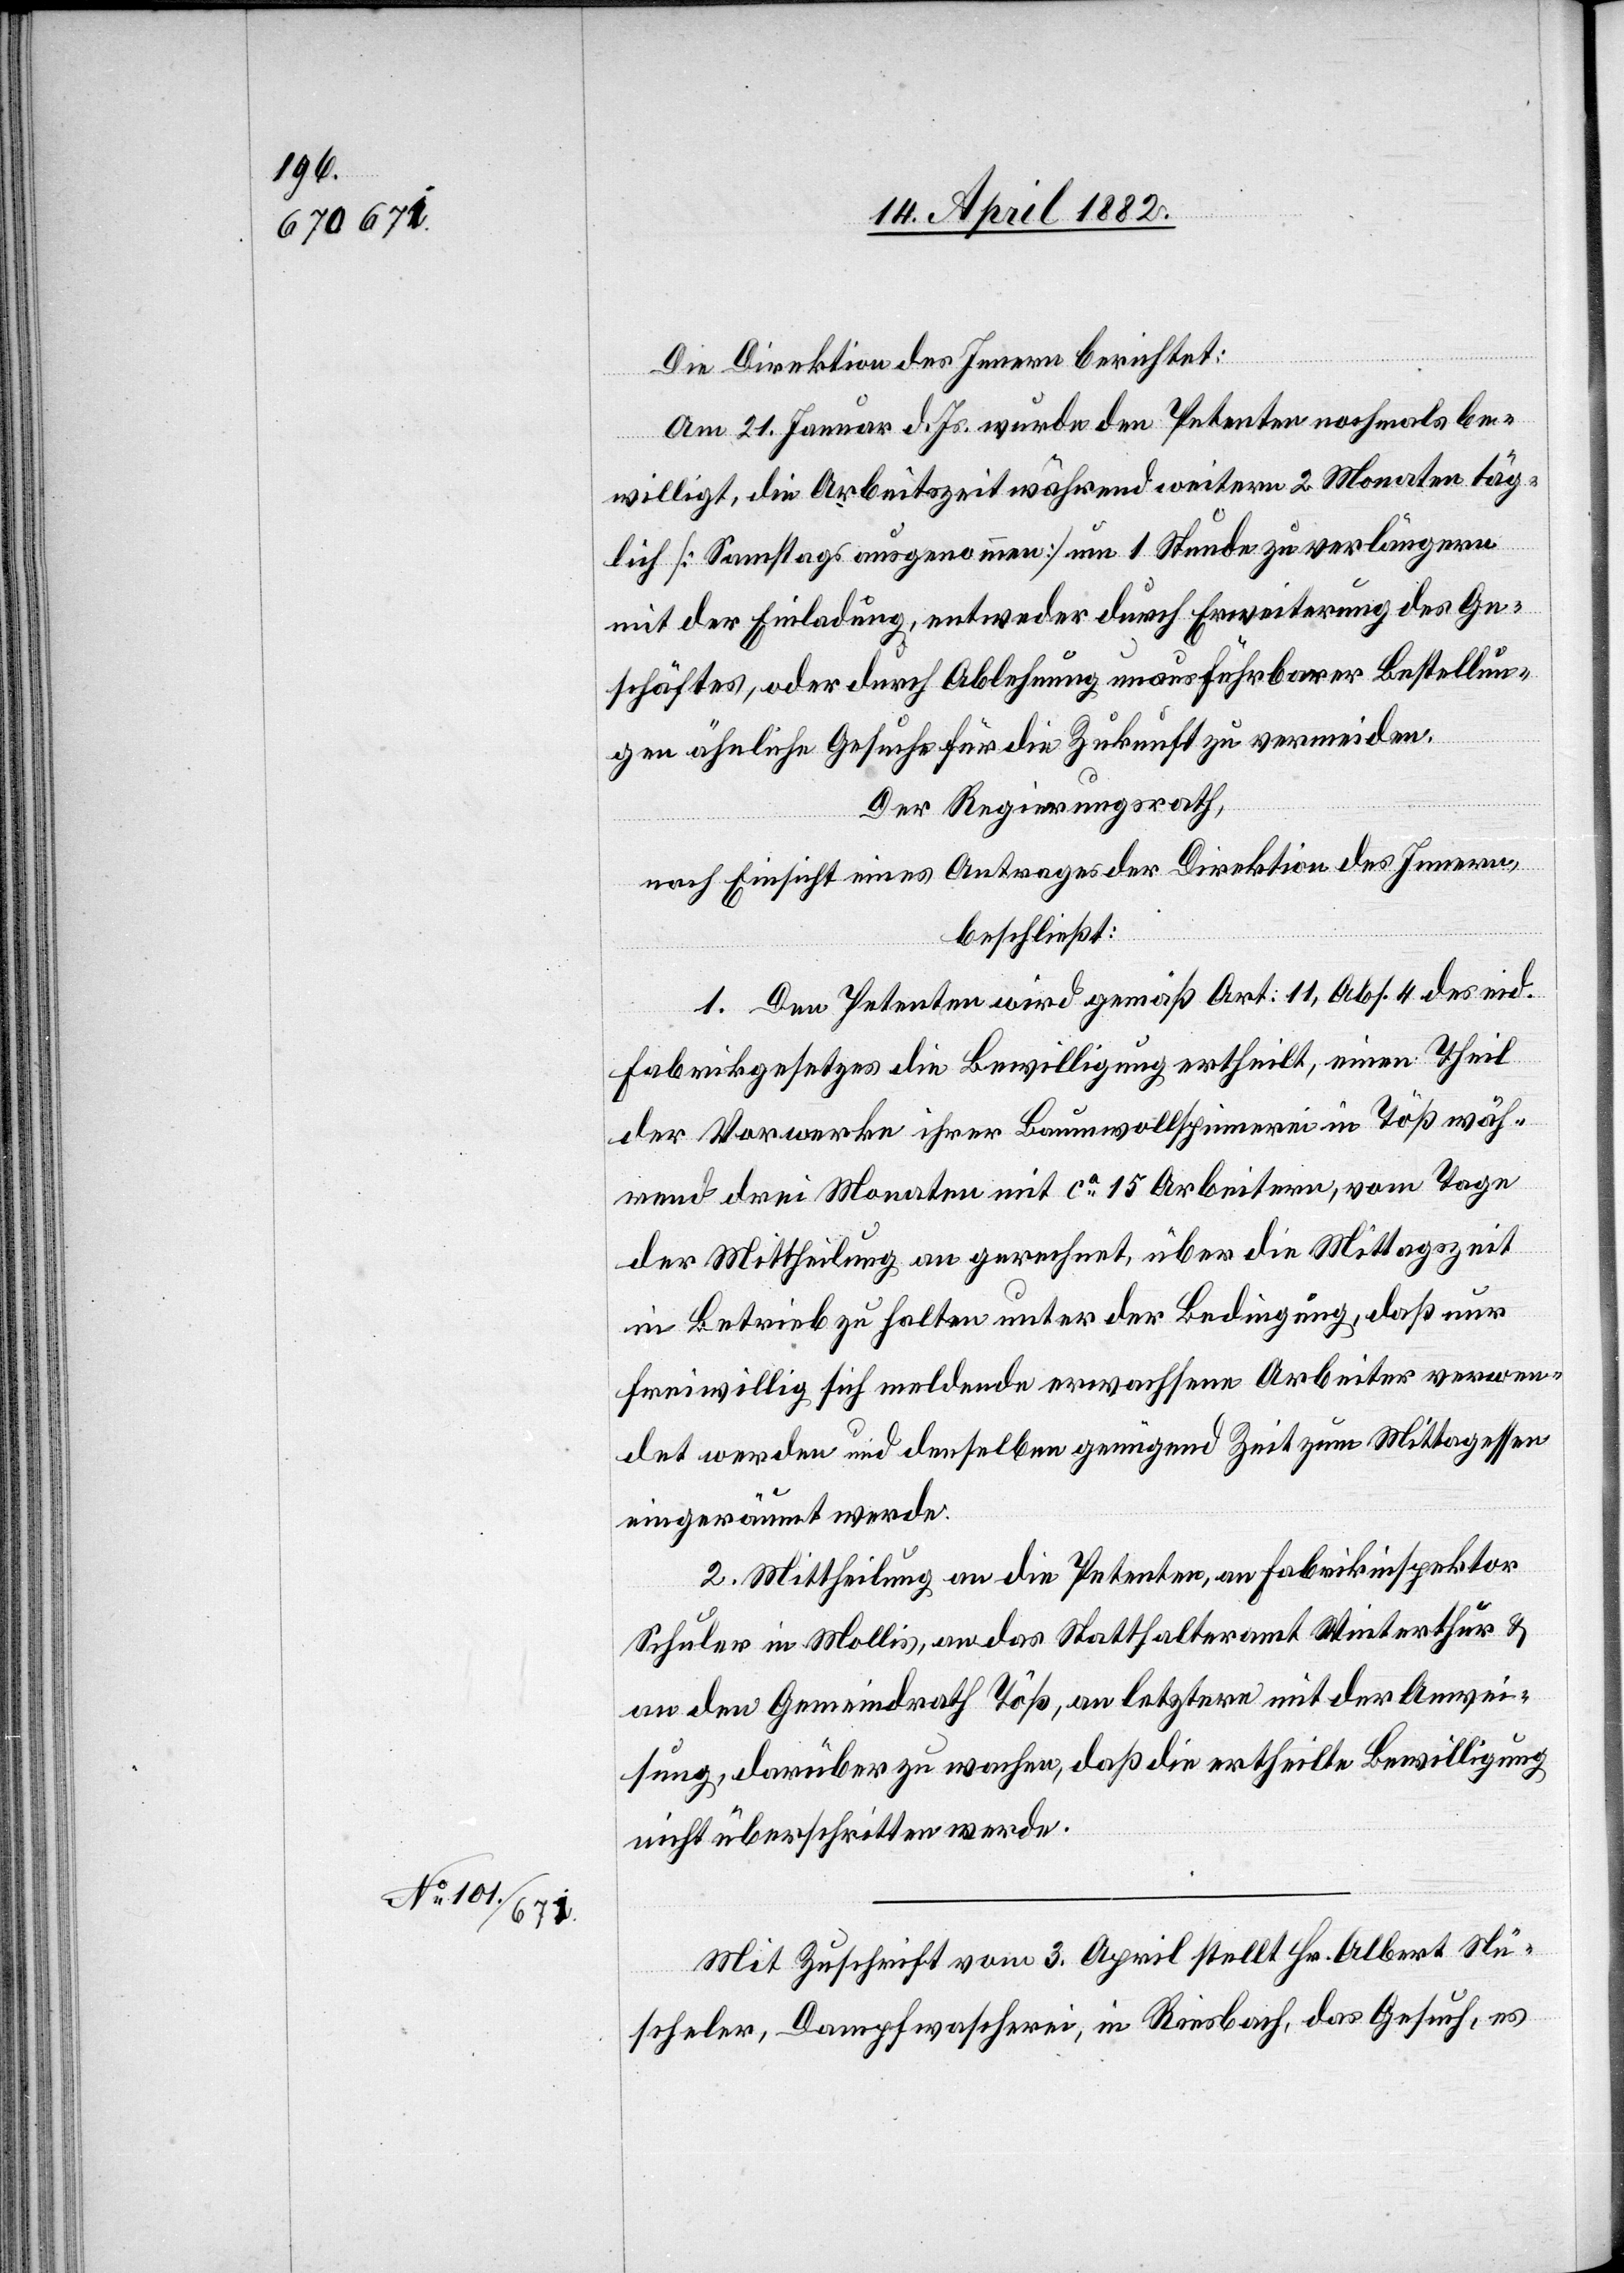
Die Direktion des Innern berichtet:
Am 21. Januar d. Js. wurde den Petenten nochmals be¬
willigt, die Arbeitszeit während weitern 2 Monaten täg¬
lich [Samstags ausgenommen] um 1 Stunde zu verlängern
mit der Einladung, entweder durch Erweiterung des Ge¬
schäftes, oder durch Ablehnung unausführbarer Bestellun¬
gen ähnliche Gesuche für die Zukunft zu vermeiden.
Der Regierungsrath,
nach Einsicht eines Antrages der Direktion des Innern,
beschließt:
1. Den Petenten wird gemäß Art: 11, Abs. 4 des eid.
Fabrikgesetzes die Bewilligung ertheilt, einen Theil
der Vorwerke ihrer Baumwollspinnerei in Töß wäh¬
rend drei Monaten mit ca 15 Arbeitern, vom Tage
der Mittheilung an gerechnet, über die Mittagszeit
in Betrieb zu halten unter der Bedingung, daß nur
freiwillig sich meldende erwachsene Arbeiter verwen¬
det werden und denselben genügend Zeit zum Mittagessen
eingeräumt werde.
2. Mittheilung an die Petenten, an Fabrikinspektor
Schuler in Mollis, an das Statthalteramt Winterthur &
an den Gemeindrath Töß, an letztere mit der Anwei¬
sung, darüber zu wachen, daß die ertheilte Bewilligung
nicht überschritten werde.
Mit Zuschrift vom 3. April stellt Hr. Albert Nü¬
scheler, Dampfwascherei, in Riesbach, das Gesuch, es